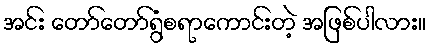
အင်း တော်တော်ရွံစရာကောင်းတဲ့ အဖြစ်ပါလား။